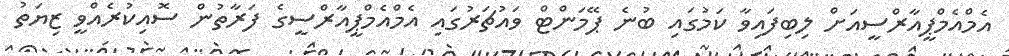
އެމްއެމްޕީއާރްސީއަށް ލިބިފައިވާ ކަމުގައި ބުނެ ޕޭމަންޓް ވައުޗަރުގައި އެމްއެމްޕީއާރްސީގެ ފަރާތުން ސޮއިކުރެއްވީ ޒިޔަތު